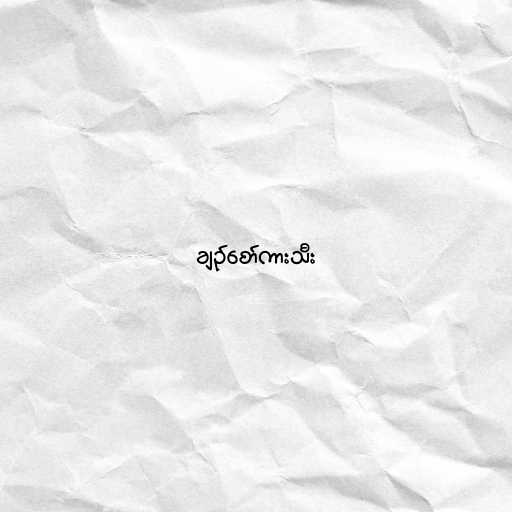
ချဥ်စော်ကားသီး